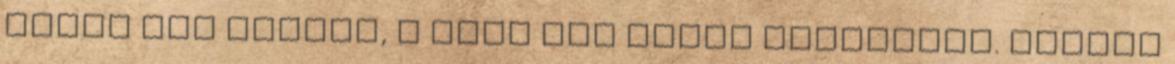
pedig nem tudott, a lány nem merte elmondani. Marton